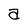
Character: a